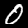
Digit: 0